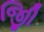
જીિી